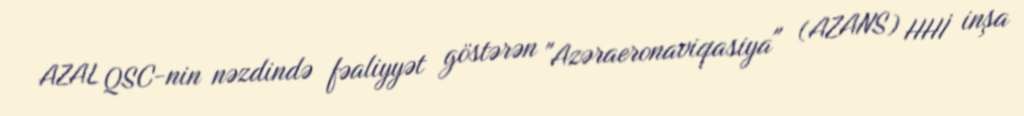
AZAL QSC-nin nəzdində fəaliyyət göstərən "Azəraeronaviqasiya" (AZANS) HHİ inşa